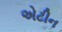
એટીન